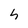
Character: h